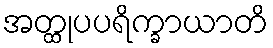
အတ္ထုပပရိက္ခာယာတိ